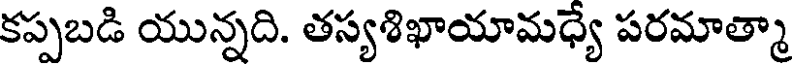
కప్పబడి యున్నది. తస్యశిఖాయామధ్యే పరమాత్మా